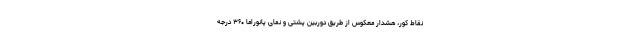
نقاط کور، هشدار معکوس از طریق دوربین پشتی و نمای پانوراما ۳۶۰ درجه